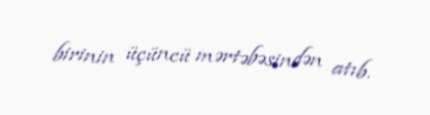
birinin üçüncü mərtəbəsindən atıb.